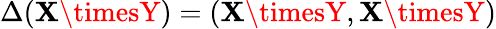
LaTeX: \Delta(\mathbf{X}\timesY)=(\mathbf{X}\timesY,\mathbf{X}\timesY)